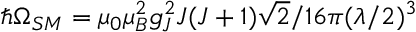
\hbar \Omega _ { S M } = \mu _ { 0 } \mu _ { B } ^ { 2 } g _ { J } ^ { 2 } J ( J + 1 ) \sqrt { 2 } / 1 6 \pi ( \lambda / 2 ) ^ { 3 }